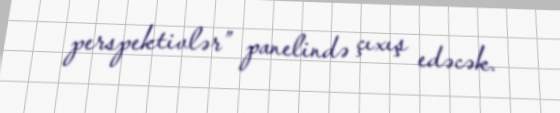
perspektivlər” panelində çıxış edəcək.